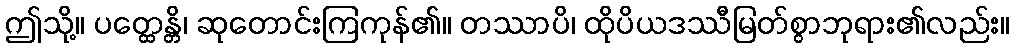
ဤသို့။ ပတ္ထေန္တိ၊ ဆုတောင်းကြကုန်၏။ တဿာပိ၊ ထိုပိယဒဿီမြတ်စွာဘုရား၏လည်း။